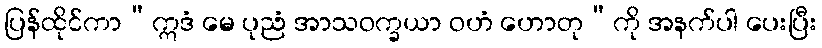
ပြန်ထိုင်ကာ“ဣဒံ မေ ပုညံ အာသဝက္ခယာ ဝဟံ ဟောတု”ကို အနက်ပါ ပေးပြီး